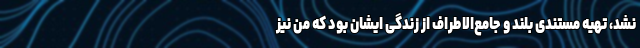
نشد، تهیه مستندی بلند و جامع‌الاطراف از زندگی ایشان بود که من نیز